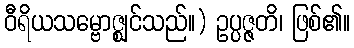
ဝီရိယသမ္ဗောဇ္ဈင်သည်။) ဥပ္ပဇ္ဇတိ၊ ဖြစ်၏။